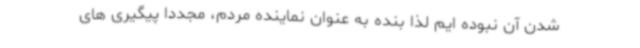
شدن آن نبوده ایم لذا بنده به عنوان نماینده مردم، مجددا پیگیری های